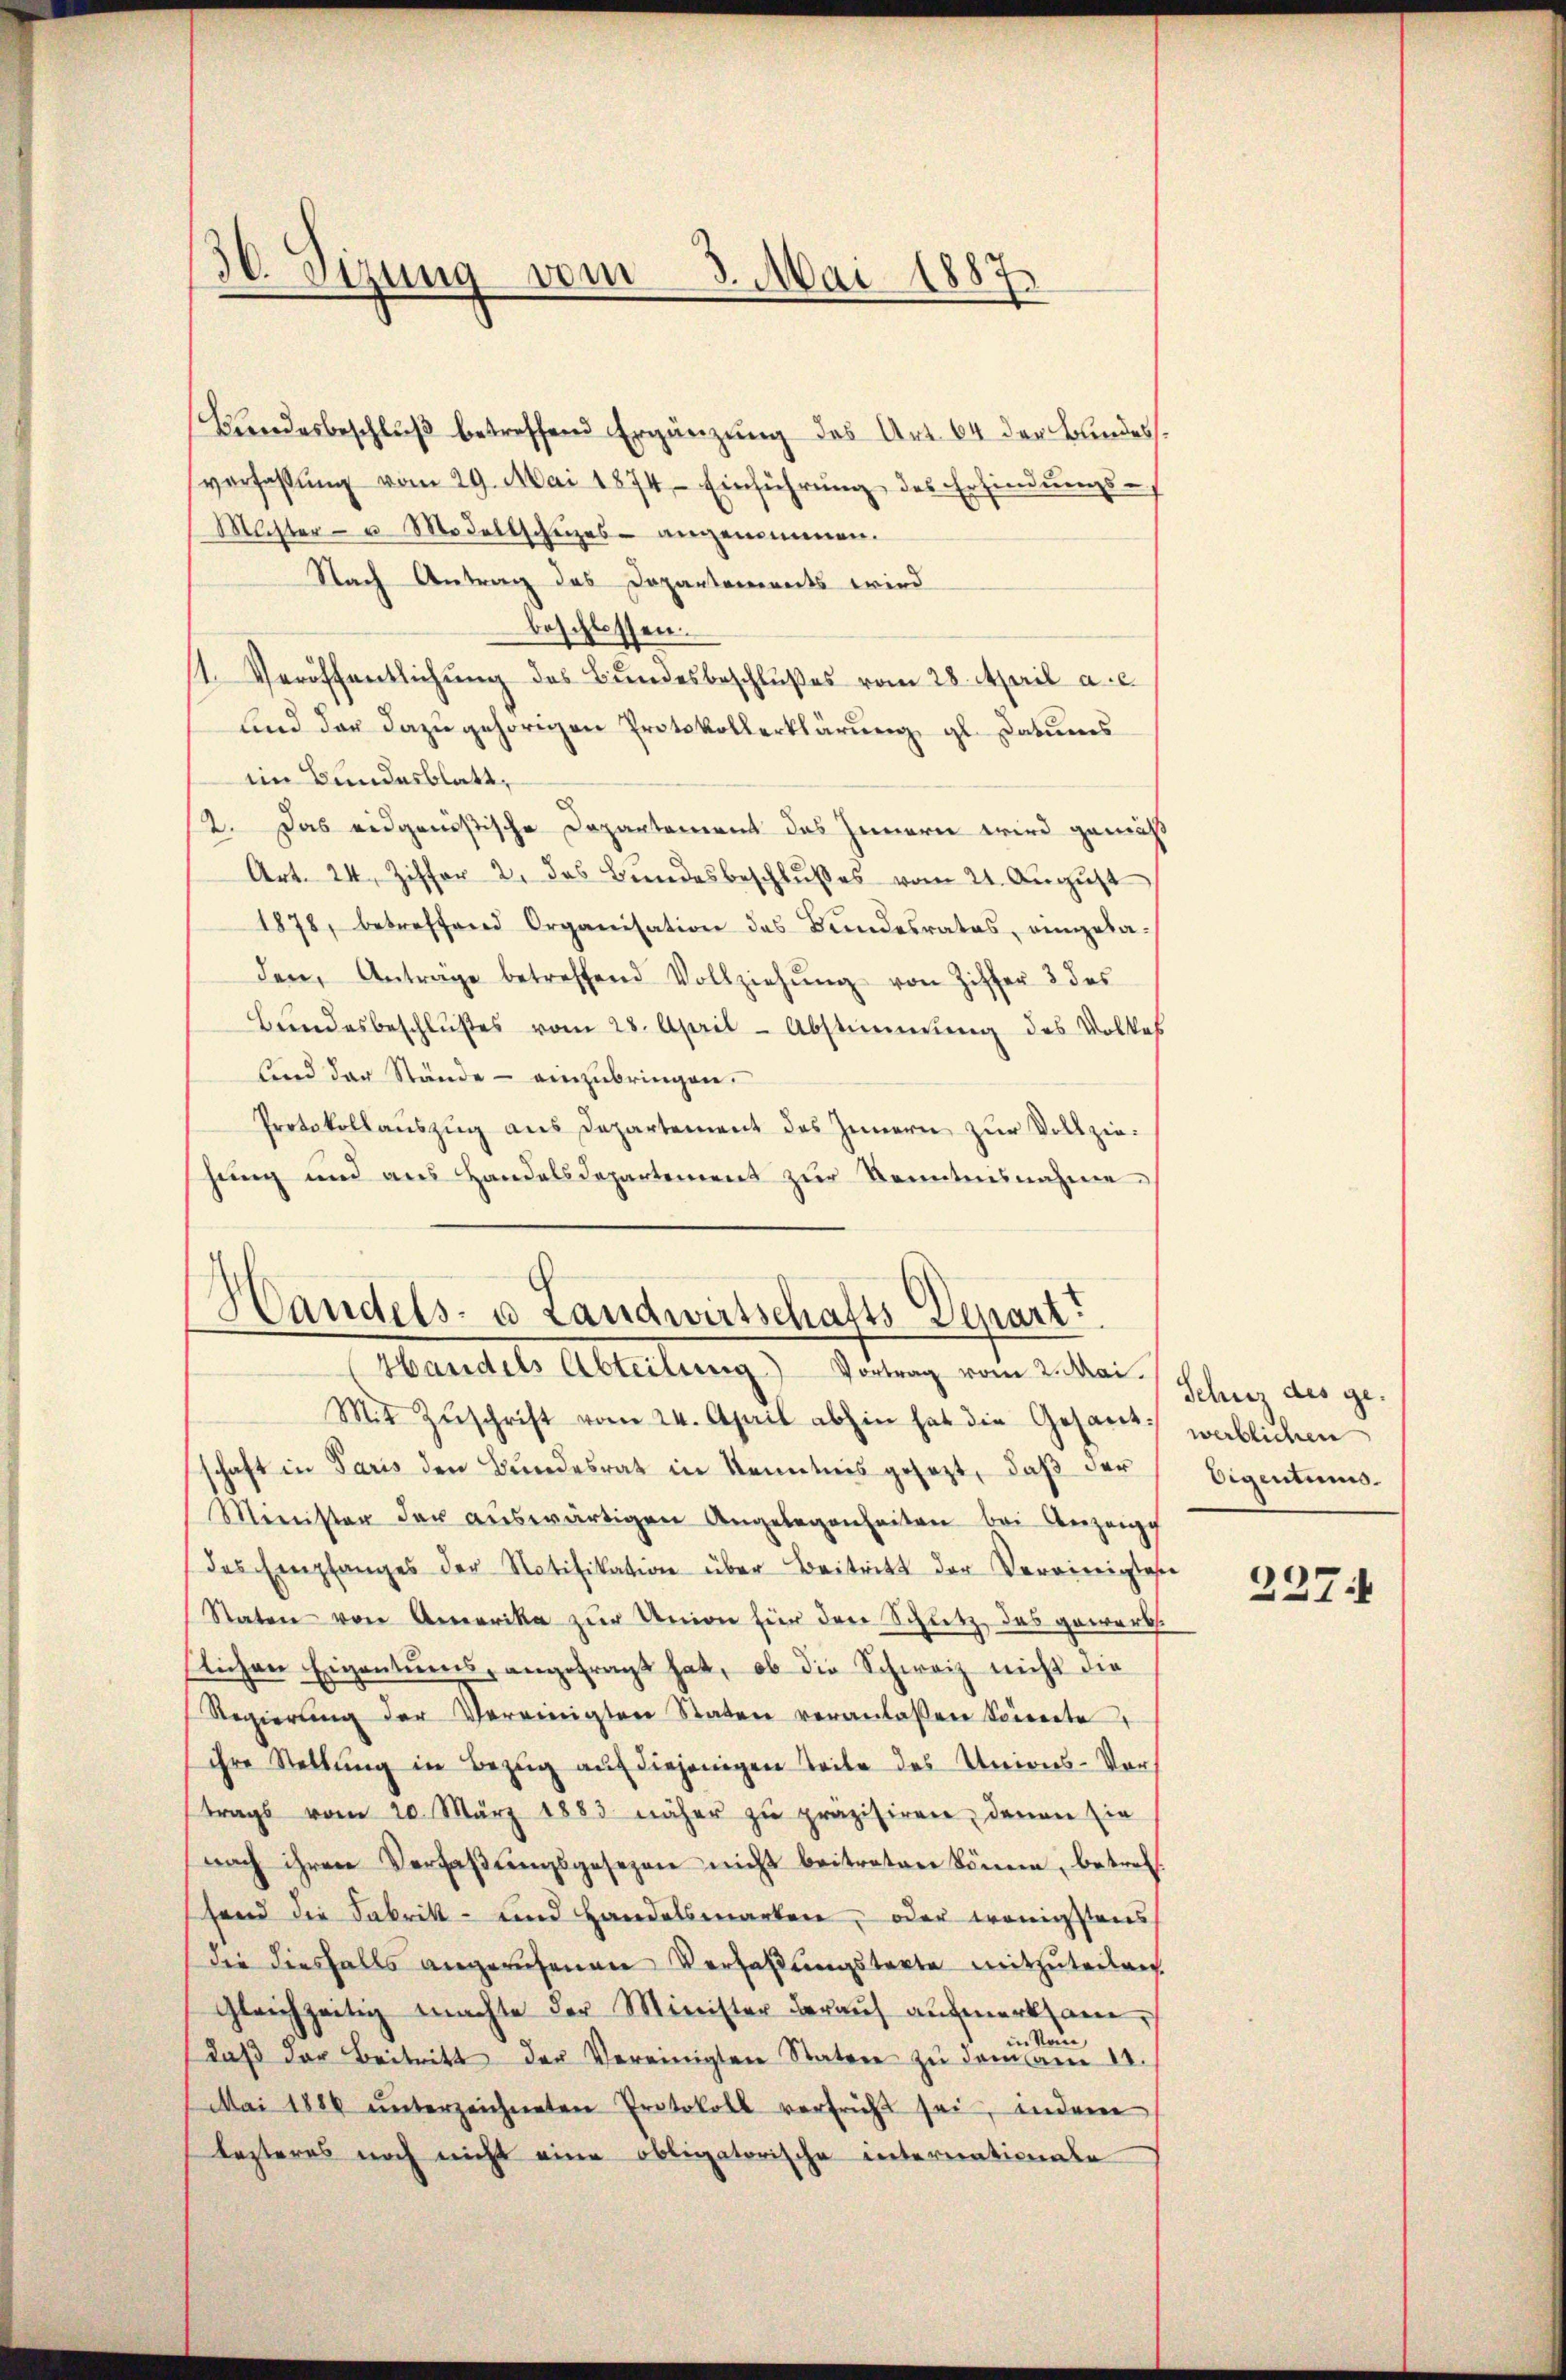
30.
sizung vom 3. Mai 1887

Bundesbeschlŭβ betreffend Ergänzung des Art. 64 der Bundes.
verfaßung vom 29. Mai 1874. Einführŭng des Erfindungs¬
Machter- u. Modellscheizes angenommen.
Nach Antrag des Departements wird
beschlossen.
1. Veröffentlichung des Bundesbeschlußes vom 28. April a. c.
sind der dazugehörigen Protokollerklärung gl. Datums
im Bundesblatt,
2. Das eidgenößische Departement das Innern wird gemäß
Art. 24, Ziffer 2. das Bŭndesbeschlŭsses vom 21. Aŭgŭst
1878, betreffend Organisation des Bundesrates, eingeladen, Anträge betreffend Vollziehŭng von Ziffer 3 des
Bŭndesbeschlŭβes vom 28. April-Abstimmung des Volkes
Kind der Stände - einzubringen.
Protokollauszug aus Departement des Innern zur Vollziehung und aus Handelsdepartement zŭr Kenntnisnahme

Handels- u Landwirtschafts Depart
Handels Abteilung) Vortrag vom 2. Mai.

Mit Zŭschrift vom 24. April abhin hat die Gesant werblichen
schaft in Paris den Bundesrat in Kenntnis gesezt, daß der
Minister der auswärtigen Angelegenheiten bei Anzeige
des Empfanges der Notifikation über Beitritt der Vereinigtes
Staten von Amerika zŭr Union für den Schutz, das gewerb.
lichen Eigentums, angefragt hat, ob die Schweiz nicht die
Regierŭng der Vereinigten Staten veranlassen Sonnerte
ihre Stellŭng in Bezŭg aŭf diejenigen Teile des Unions-Vortrags vom 20. März 1883 näher zŭ präzisiren, denen sie
nach ihren Verfaßungsgesezen nicht beitreten könne, betrefend die Fabrik- und Handelsmarken, oder wenigstens
die diesfalls angerufenen Verhaβŭngstagte mitzŭteilen.
gleichzeitig machte der Minister darauf aufmerksam
Nom
daβ der Beitritt der Vereinigten Staten zŭ dem am 12.
Mai 1884 ŭnterzeichneten Protokoll verfrüht sei, indem
lesteres noch nicht eine obligatorische internationale

Schutz des ge¬
Eigentums.

227.